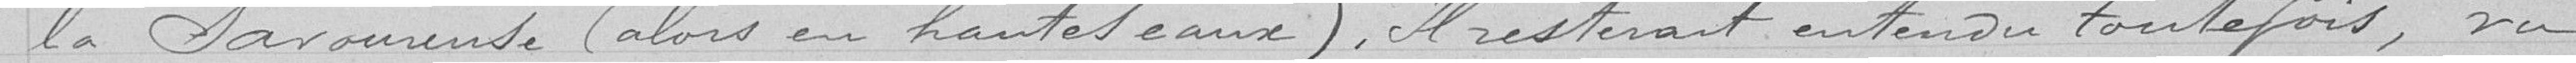
la Savoureuse (alors en hautes eaux). Il resterait entendu toutefois, vu